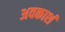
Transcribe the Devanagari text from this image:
अवकाशं